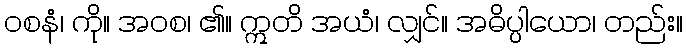
ဝစနံ၊ ကို။ အဝစ၊ ၏။ ဣတိ အယံ၊ လျှင်။ အဓိပ္ပါယော၊ တည်း။